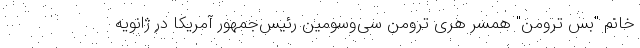
خانم "بس ترومن" همسر هری ترومن سی‌و‌سومین رئیس‌جمهور آمریکا در ژانویه